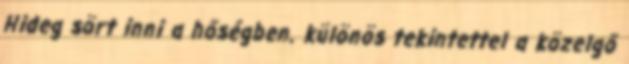
Hideg sört inni a hőségben. különös tekintettel a közelgő